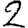
Digit: 2